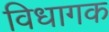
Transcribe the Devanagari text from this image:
विधागक